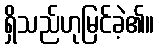
ရှိသည်ဟုမြင်ခဲ့၏။